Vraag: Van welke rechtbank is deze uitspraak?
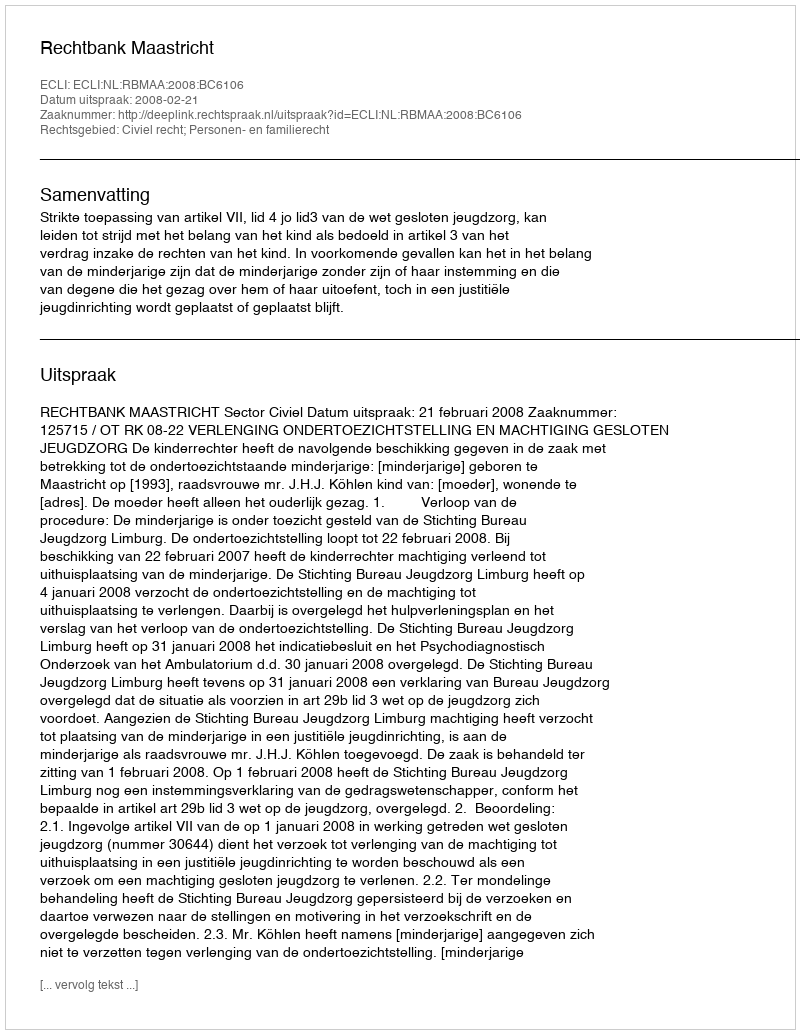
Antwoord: Rechtbank Maastricht